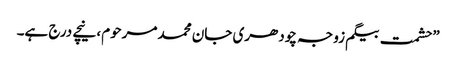
”حشمت بیگم زوجہ چودھری جان محمد مرحوم، نیچے درج ہے۔